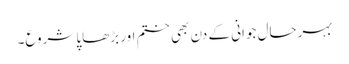
بہرحال جوانی کے دن بھی ختم اور بڑھاپا شروع۔